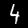
Label: 4